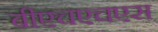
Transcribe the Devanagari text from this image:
बीएचएचएस